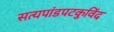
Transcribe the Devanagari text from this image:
सत्यपांडपटकुविंद